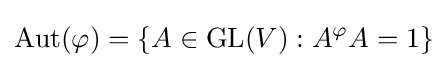
\operatorname {Aut} (\varphi )=\{A\in \operatorname {GL} (V):A^{\varphi }A=1\}